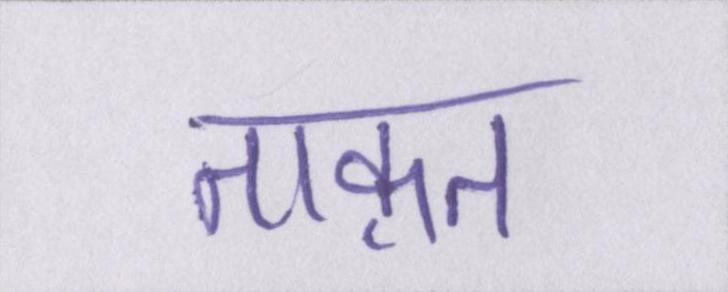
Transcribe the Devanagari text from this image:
ताक़त